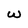
Character: w